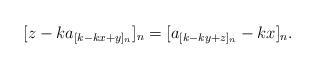
LaTeX: \begin{align*}[z-ka_{[k-kx+y]_n}]_n=[a_{[k-ky+z]_n}-kx]_n .\end{align*}